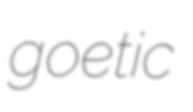
goetic